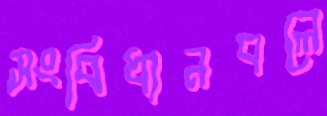
সংবিধানবলে